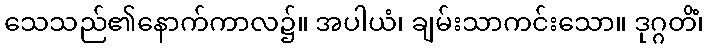
သေသည်၏နောက်ကာလ၌။ အပါယံ၊ ချမ်းသာကင်းသော။ ဒုဂ္ဂတိံ၊